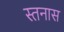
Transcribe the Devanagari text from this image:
स्तनास